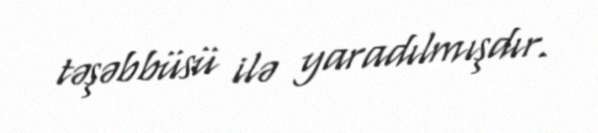
təşəbbüsü ilə yaradılmışdır.